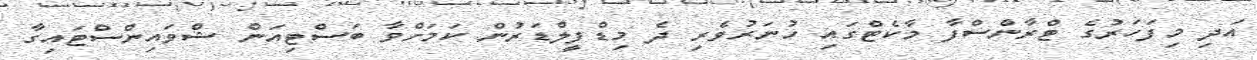
އަދި މިފަހަރުގެ ޓްރާންސްފާ މާކެޓްގައި ހުނަރުވެރި ދެ މިޑްފީލްޑަރުން ކަމަށްވާ ބަސްޓިއަން ޝްވައިންސްޓައިގާ